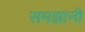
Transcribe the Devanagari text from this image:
समझानी